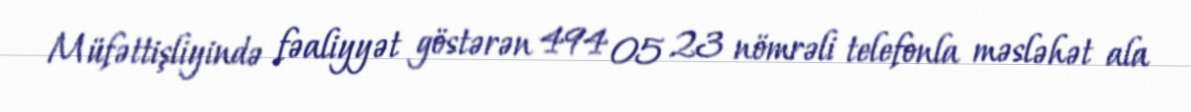
Müfəttişliyində fəaliyyət göstərən 494 05 23 nömrəli telefonla məsləhət ala